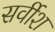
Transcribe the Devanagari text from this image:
सर्वीश